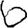
Digit: 6